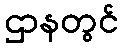
ဌာနတွင်